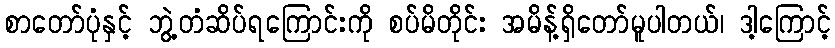
စာတော်ပုံနှင့် ဘွဲ့တံဆိပ်ရကြောင်းကို စပ်မိတိုင်း အမိန့်ရှိတော်မူပါတယ်၊ ဒါ့ကြောင့်